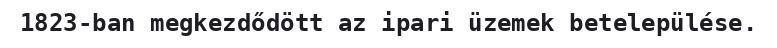
1823-ban megkezdődött az ipari üzemek betelepülése.